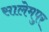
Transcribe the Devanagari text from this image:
सालेमपुर